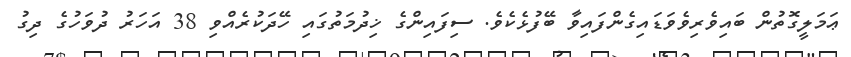
ޢަމަލީގޮތުން ބައިވެރިވެވަޑައިގެންފައިވާ ބޭފުޅެކެވެ. ސިފައިންގެ ޚިދުމަތުގައި ހޭދަކުރެއްވި 38 އަހަރު ދުވަހުގެ ދިގު